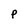
Character: p